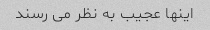
اینها عجیب به نظر می رسند